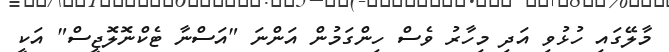
މާލޭގައި ހުޅުވި އަދި މިހާރު ވެސް ހިންގަމުން އަންނަ "އަސްނާ ޓެކްނޮލޮޖީސް" އަކީ